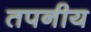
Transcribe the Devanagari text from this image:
तपनीय